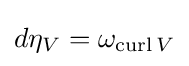
d\eta _{V}=\omega _{\operatorname {curl} V}